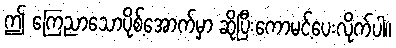
ဤ ကြေညာသောပိုစ့်အောက်မှာ ဆိုပြီးကောမင့်ပေးလိုက်ပါ။